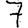
Digit: 7